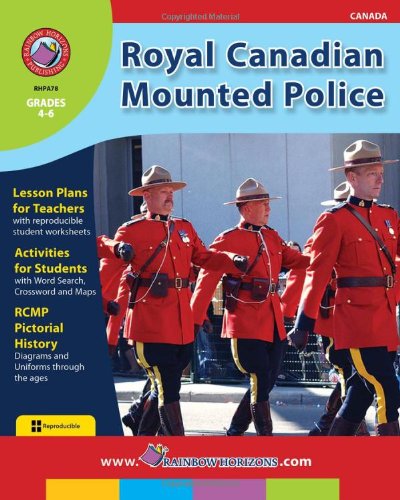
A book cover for Royal Canadian Mounted Police; Doug Sylvester; History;